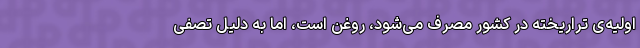
اولیه‌ی تراریخته‌ در کشور مصرف می‌شود، روغن است، اما به دلیل تصفی